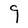
Character: g